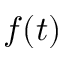
f ( t )